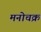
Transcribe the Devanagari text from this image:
मनोचक्र